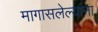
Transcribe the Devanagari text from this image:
मागासलेल्यांना